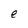
Character: e